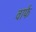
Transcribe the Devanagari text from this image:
वार्फ